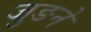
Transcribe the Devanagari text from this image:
जुङने